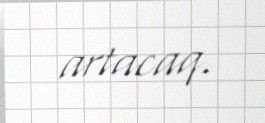
artacaq.